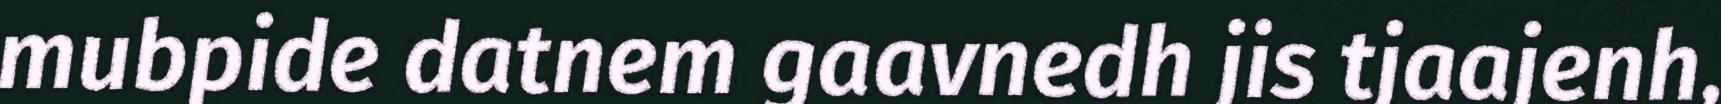
mubpide datnem gaavnedh jis tjaajenh,